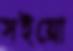
সইয়ো